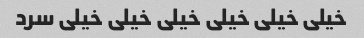
خیلی خیلی خیلی خیلی خیلی خیلی سرد